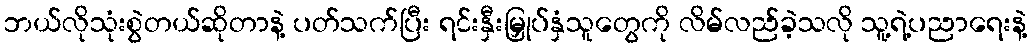
ဘယ်လိုသုံးစွဲတယ်ဆိုတာနဲ့ ပတ်သက်ပြီး ရင်းနှီးမြှုပ်နှံသူတွေကို လိမ်လည်ခဲ့သလို သူ့ရဲ့ပညာရေးနဲ့